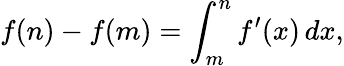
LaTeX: f(n)-f(m)=\int_{m}^{n}f^{\prime}(x)\, dx,